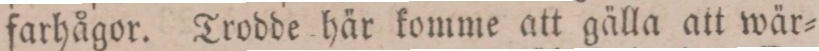
farhågor. Trodde här komme att gälla att wär=